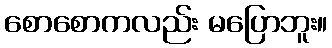
စောစောကလည်း မပြောဘူး။